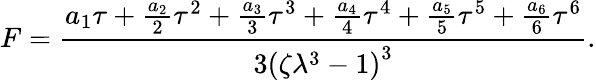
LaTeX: F=\frac{a_{1}\tau+\frac{a_{2}}{2}\tau^{2}+\frac{a_{3}}{3}\tau^{3}+\frac{a_{4}}{4}\tau^{4}+\frac{a_{5}}{5}\tau^{5}+\frac{a_{6}}{6}\tau^{6}}{3\left(\zeta\lambda^{3}-1\right)^{3}}.